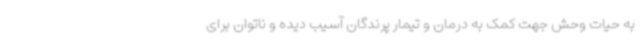
به حیات وحش جهت کمک به درمان و تیمار پرندگان آسیب دیده و ناتوان برای